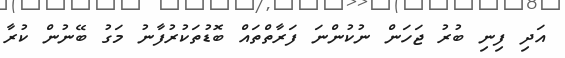
އަދި ފިނި ބުރު ޖަހަން ނުކުންނަ ފަރާތްތައް ބޮޑުތަކުރުފާނު މަގު ބޭނުން ކުރާ